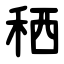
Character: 䄽